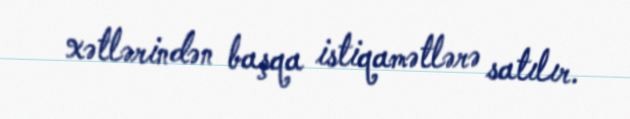
xətlərindən başqa istiqamətlərə satılır.